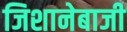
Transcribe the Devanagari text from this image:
जिशानेबाजी